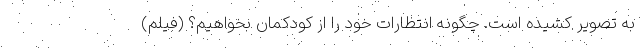
به تصویر کشیده است. چگونه انتظارات خود را از کودکمان بخواهیم؟ (فیلم)